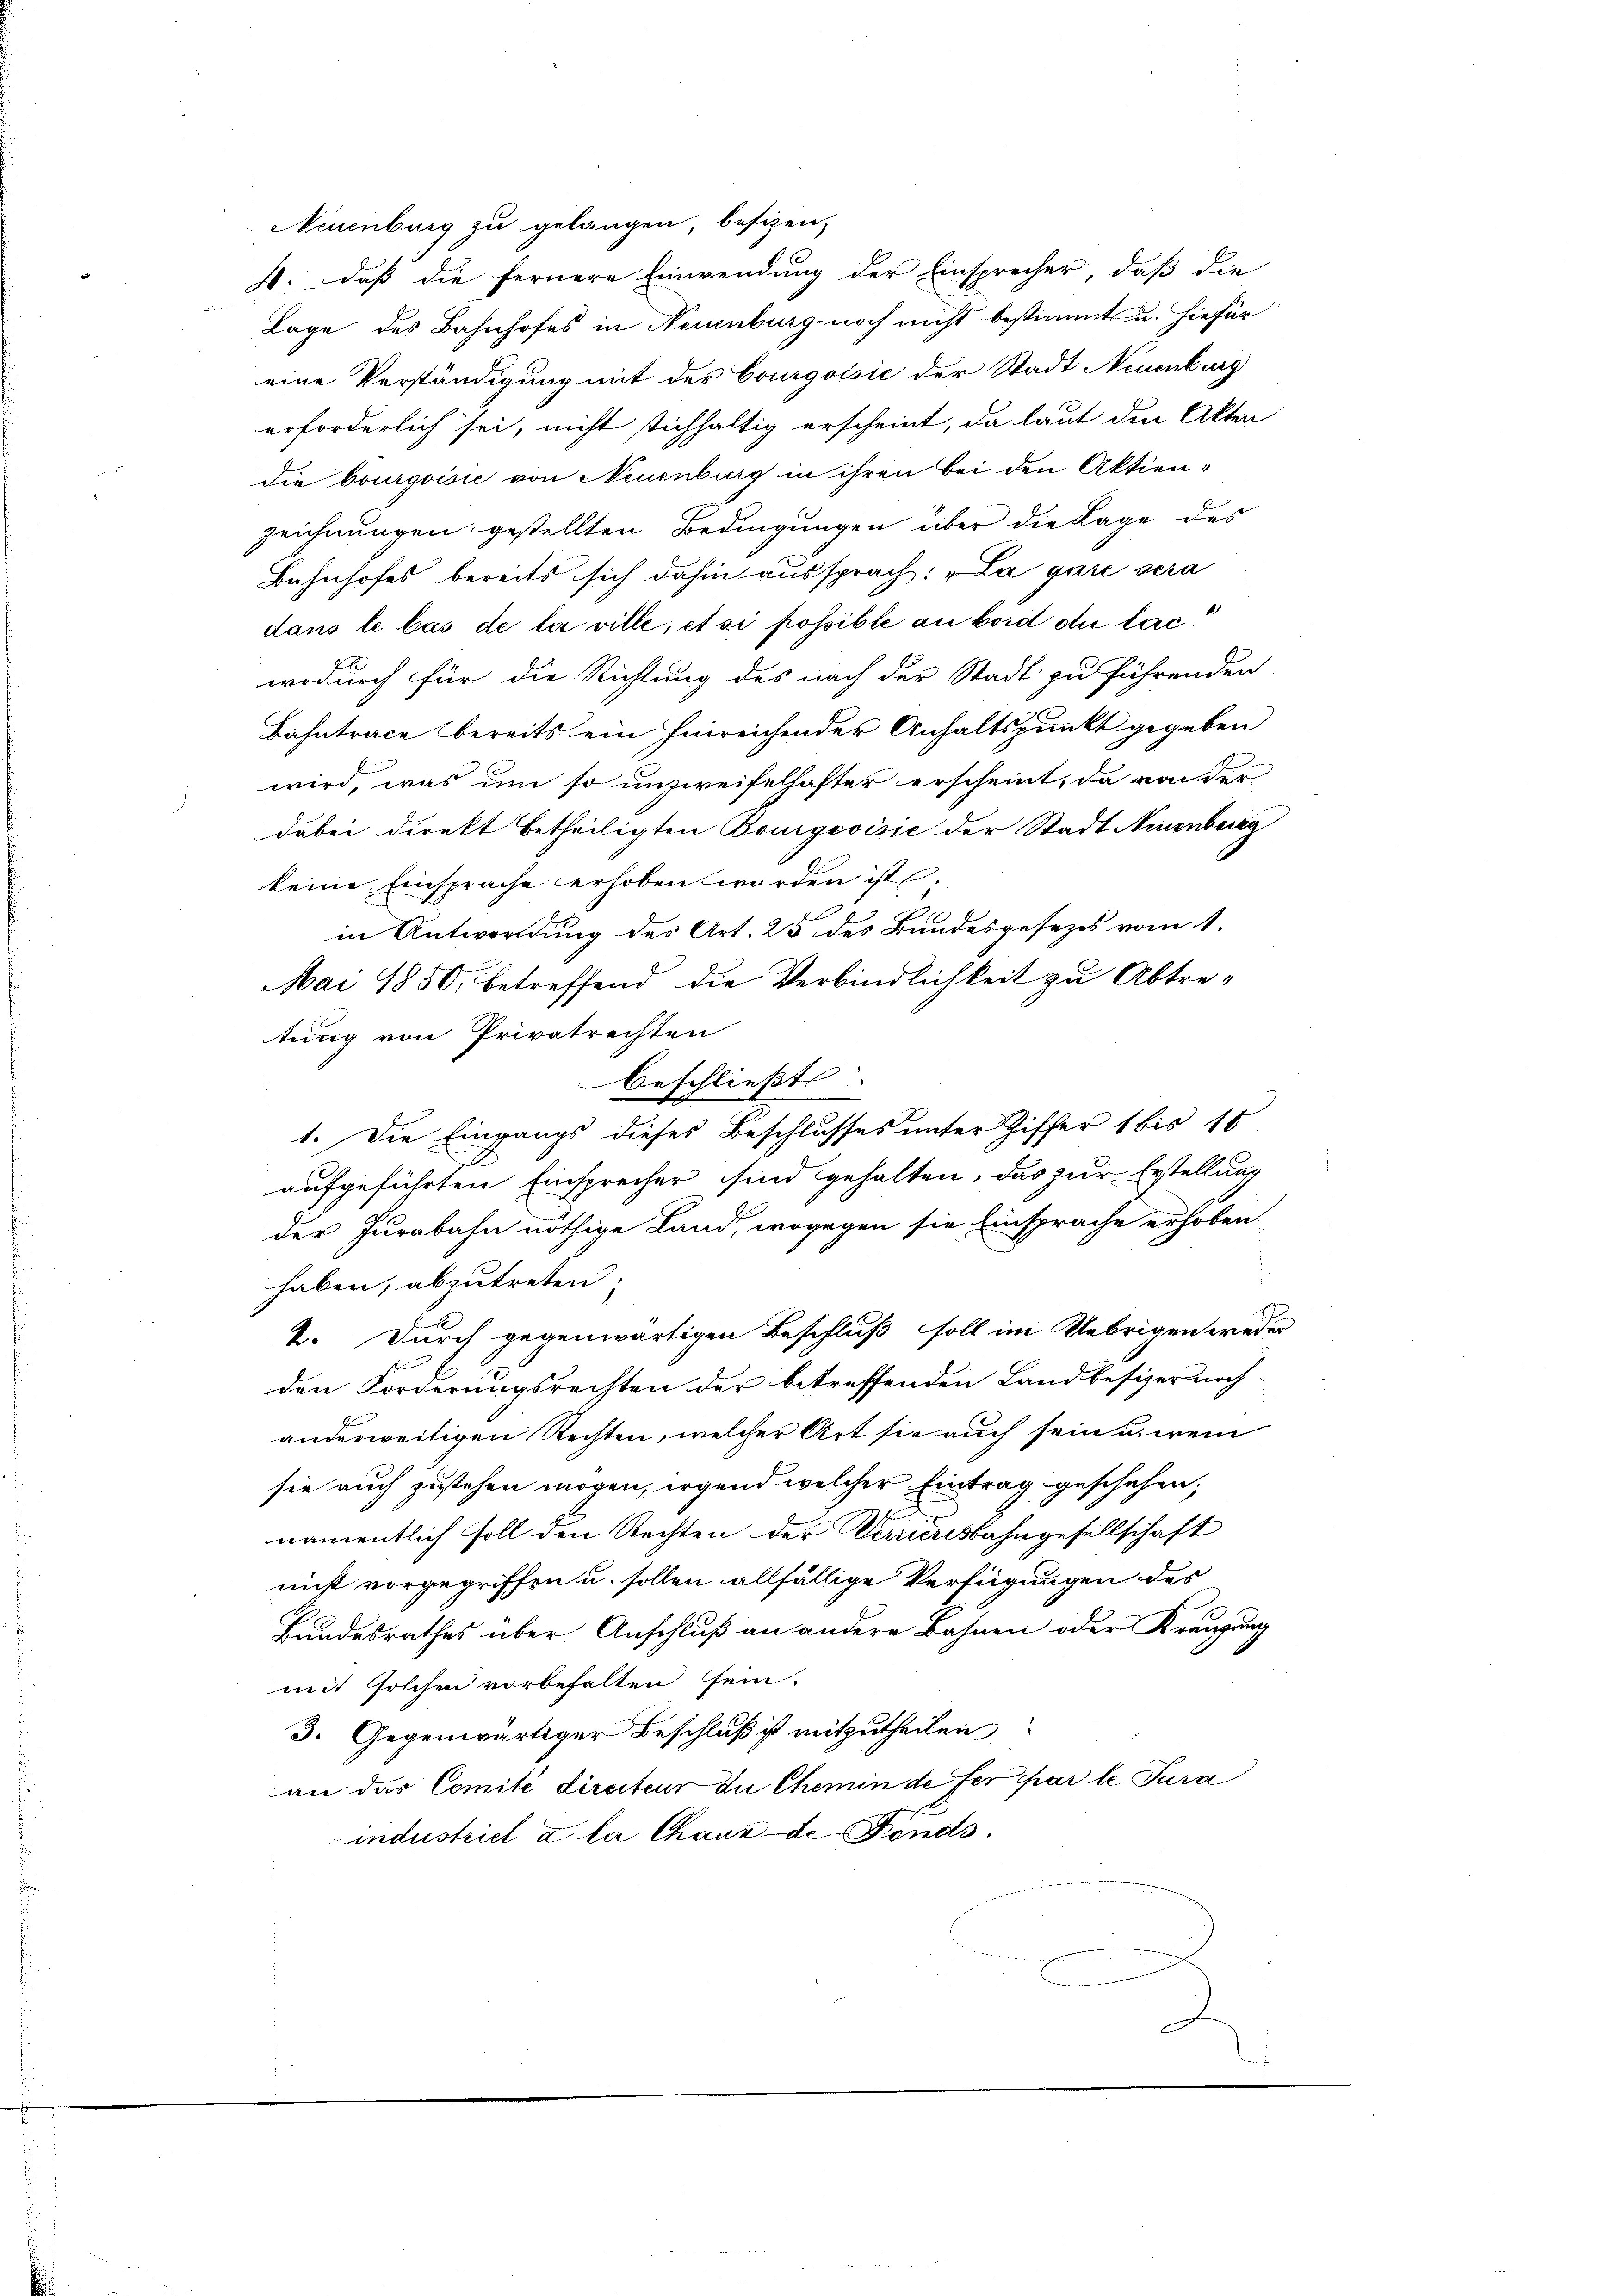
Neuenburg zu gelangen, besizen,
4. daß die fernere Einwendung der Einsprecher, daß die
Lage des Bahnhofes in Neuenburg noch nicht bestimmt u. hiefür
eine Verständigung mit der Courgoisić der Stadt Neuenburg
erforderlich sei, nicht stichhaltig erscheint, da laut die Akten
die bourgoisie von Neuenburg in ihren bei den Aktien-
zeichnungen gestellten Bedingungen über die Lage des
Bahnhofes bereits sich dahin aussprach: „La gare sera
dans le bas de la ville, et si possible an bord die lac
wodurch für die Richtung des nach der Stadt zu führenden
Bahntrace bereits ein hinreichender Anhaltspunkt gegeben
wird, was um so unzweifelhafter erscheint, da von der
dabei direkt betheiligten Bourgeoisić der Stadt Neuenburg
keine Einsprache erhoben worden ist.
in Antwortung des Art. 25 des Bundesgesezes vom 1.
Mai 1850, betreffend die Verbindlichkeit zu Abtre-
tung von Privatrechten
beschließt:
1. Die Eingangs dieses Beschlusses unter Ziffer 1 bis 16
aufgeführten Einsprecher sind gehalten, das zur Erstellung
der Jurabahn nöthige Land, wogegen sie Einsprache erhoben
haben, abzutreten,
2. Durch gegenwärtigen Beschluß soll im Uebrigen weder
den Forderungsrechten der betreffenden Landbesizer noch
anderweitigen Rechten, welcher Art sie auch sein u. wen
sie auch zustehen mögen, irgend welcher Eintrag geschehen;
namentlich soll den Rechten der Verrieresbahngesellschaft
nicht vorgegriffen u. sollen allfällige Verfügungen des
Bundesrathes über Anschluß an andere Bahnen oder Kreuzung
mit solchen vorbehalten sein.
3. Gegenwärtiger Beschluß ist mitzutheilen
an das Comité directeur du Chemin de fer par le Jura
industriel a la Chaux-de-Fonds.